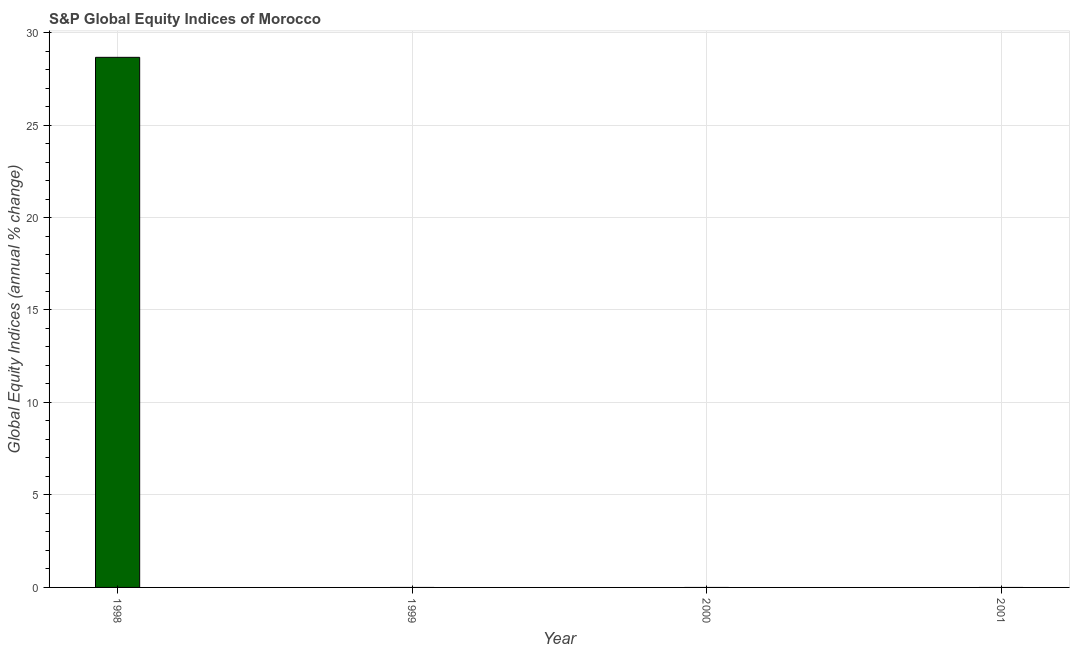
| Year | S&P Global Equity Indices |
 | --- | --- |
 | 1998 | 28.7 |
 | 1999 | -7.8 |
 | 2000 | -19.1 |
 | 2001 | -17.3 |